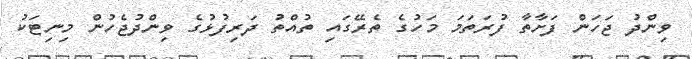
ވިންދު ޖަހަން ފަށާތާ ފުރަތަމަ މަހުގެ ތެރޭގައި ތުއްތު ދަރިފުޅުގެ ވިންދުޖެހުން މިނިޓަކު